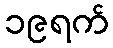
၁၉ရက်